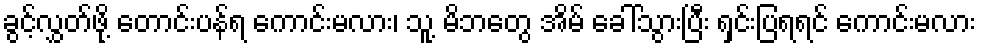
ခွင့်လွှတ်ဖို့ တောင်းပန်ရ ကောင်းမလား၊ သူ့ မိဘတွေ အိမ် ခေါ်သွားပြီး ရှင်းပြရရင် ကောင်းမလား